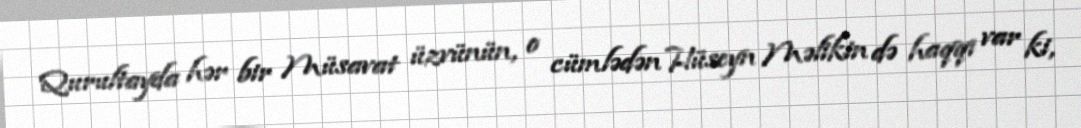
Qurultayda hər bir Müsavat üzvünün, o cümlədən Hüseyn Məlikin də haqqı var ki,